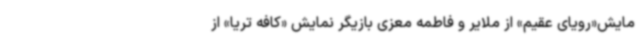
مایش«رویای عقیم» از ملایر و فاطمه معزی بازیگر نمایش «کافه تریا» از